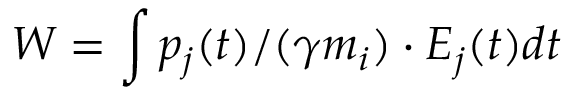
W = \int p _ { j } ( t ) / ( \gamma m _ { i } ) \cdot E _ { j } ( t ) d t